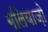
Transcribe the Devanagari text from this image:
गलियाज़ो